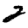
Digit: 2